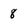
Character: 8